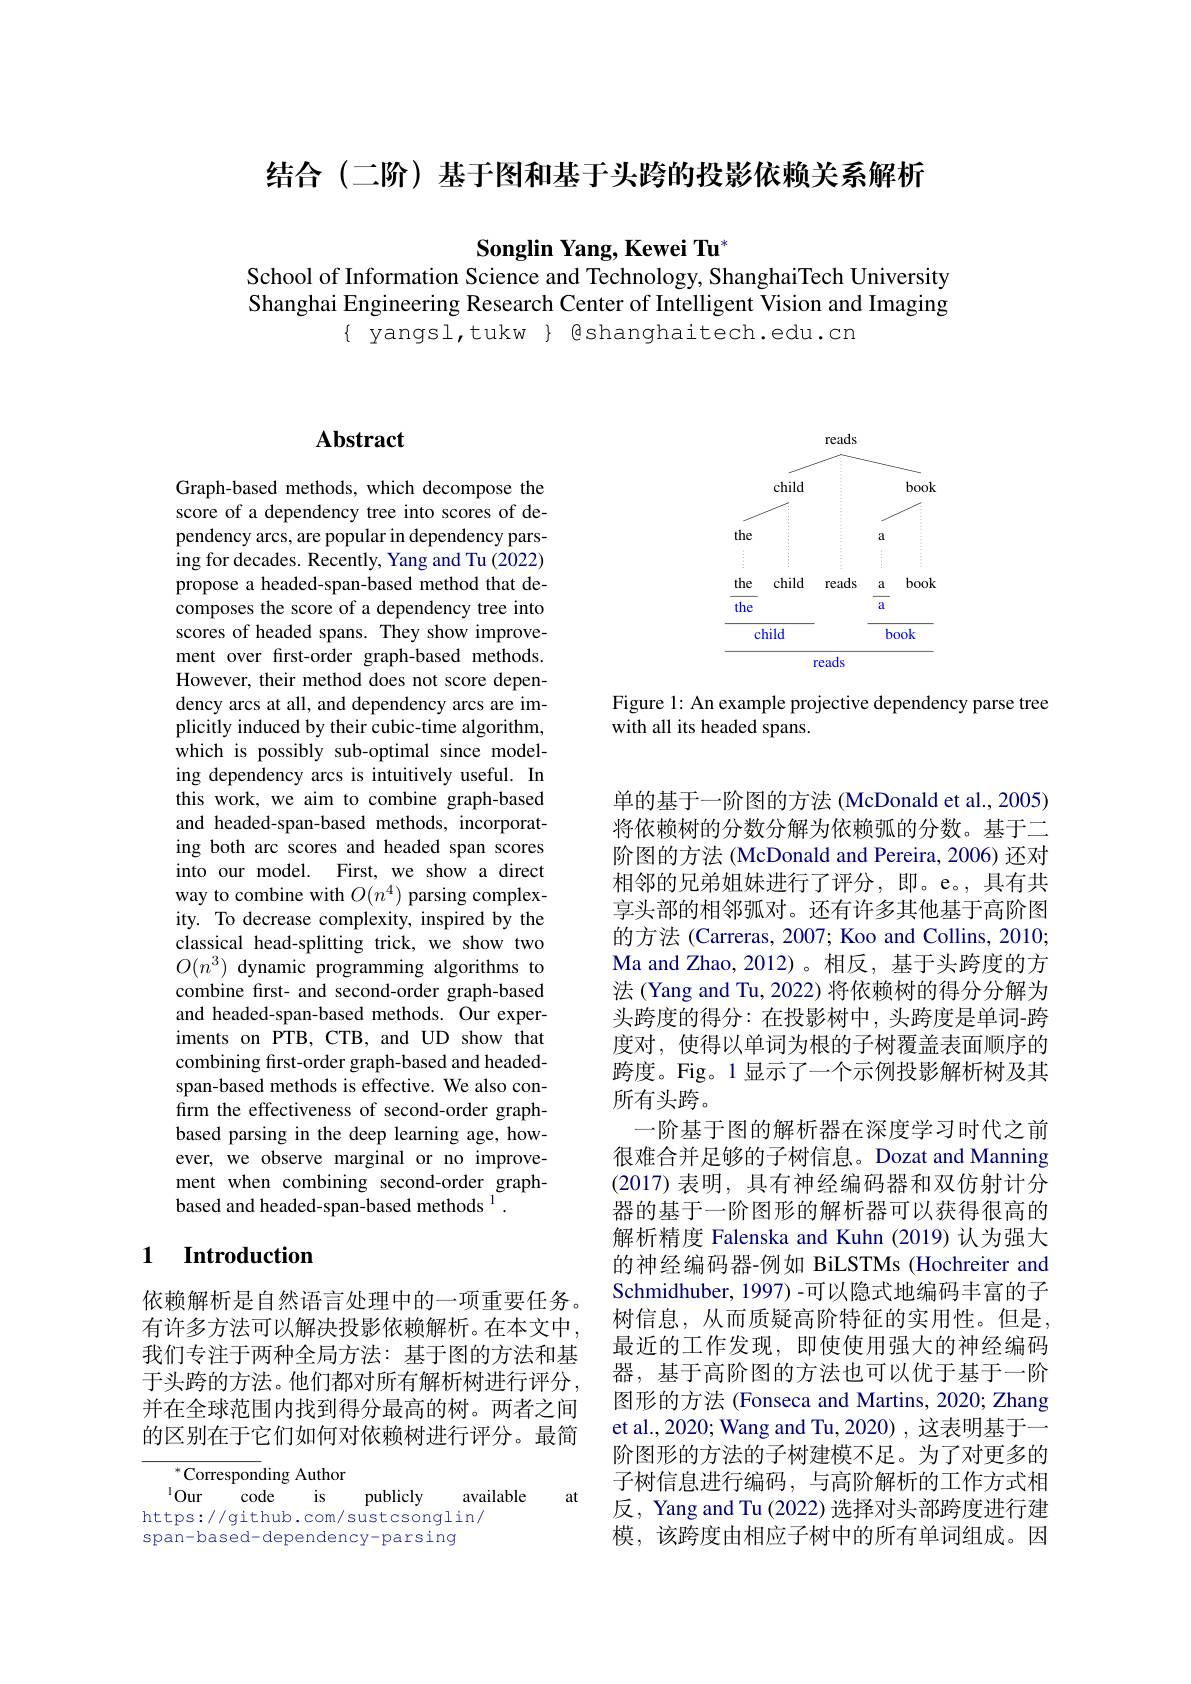
结合 (二阶) 基于图和基于头跨的投影依赖关系解析

$\mathbf{Songlin~Yang,Kewei~Tu}^{*}$
School of Information Science and Technology, ShanghaiTech University

Shanghai Engineering Research Center of Intelligent Vision and Imaging
$\{$ yangsl, tukw $\}$ Bshanghaitech.edu.cn

# Abstract

Graph-based methods, which decompose the score of a dependency tree into scores of dependency arcs, are popular in dependency parsing for decades. Recently, Yang and Tu (2022) propose a headed-span-based method that decomposes the score of a dependency tree into scores of headed spans. They show improvement over first-order graph-based methods. However, their method does not score dependency arcs at all, and dependency arcs are implicitly induced by their cubic-time algorithm, which is possibly sub-optimal since modeling dependency arcs is intuitively useful. In this work, we aim to combine graph-based and headed-span-based methods, incorporating both arc scores and headed span scores into our model. First, we show a direct way to combine with $O(n^4)$ parsing complexity. To decrease complexity, inspired by the classical head-splitting trick, we show two $O(n^3)$ dynamic programming algorithms to combine frst- and second-order graph-based and headed-span-based methods. Our experiments on PTB, CTB, and UD show that combining first-order graph-based and headedspan-based methods is effective. We also confirm the effectiveness of second-order graphbased parsing in the deep learning age, however, we observe marginal or no improvement when combining second-order graphbased and headed-span-based methods $^{1}.$

# 1 Introduction

依赖解析是自然语言处理中的一项重要任务。有许多方法可以解决投影依赖解析。在本文中， 我们专注于两种全局方法：基于图的方法和基于头跨的方法。他们都对所有解析树进行评分， 并在全球范围内找到得分最高的树。两者之间的区别在于它们如何对依赖树进行评分。最简

$^{*}$Corresponding Author
$^{1}$Our code is publicly
available
at
https://github.com/sustcsonglin/
span-based-dependency-parsing

<FigureHere>

Figure 1: An example projective dependency parse tree
with all its headed spans.

单的基于一阶图的方法 (McDonald et al., 2005) 将依赖树的分数分解为依赖弧的分数。基于二阶图的方法 (McDonald and Pereira, 2006) 还对相邻的兄弟姐妹进行了评分，即。e。,具有共享头部的相邻弧对。还有许多其他基于高阶图的方法 (Carreras, 2007; Koo and Collins, 2010; Ma and Zhao, 2012)。相反，基于头跨度的方法 (Yang and Tu, 2022) 将依赖树的得分分解为头跨度的得分：在投影树中，头跨度是单词-跨度对，使得以单词为根的子树覆盖表面顺序的跨度。Fig。1 显示了一个示例投影解析树及其所有头跨。
一阶基于图的解析器在深度学习时代之前很难合并足够的子树信息。Dozat and Manning (2017)表明，具有神经编码器和双仿射计分器的基于一阶图形的解析器可以获得很高的解析精度 Falenska and Kuhn (2019) 认为强大的神经编码器-例如 BiLSTMs(Hochreiter and Schmidhuber, 1997) -可以隐式地编码丰富的子树信息，从而质疑高阶特征的实用性。但是， 最近的工作发现，即使使用强大的神经编码器，基于高阶图的方法也可以优于基于一阶图形的方法 (Fonseca and Martins, 2020; Zhang et al., 2020; Wang and Tu, 2020) , 这表明基于一阶图形的方法的子树建模不足。为了对更多的子树信息进行编码，与高阶解析的工作方式相反，Yang and Tu (2022) 选择对头部跨度进行建模，该跨度由相应子树中的所有单词组成。因